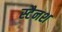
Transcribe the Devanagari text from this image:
स्टैनश